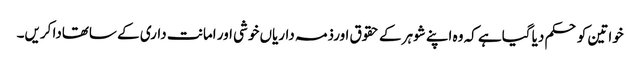
خواتین کو حکم دیا گیاہے کہ وہ اپنے شوہر کے حقوق اورذمہ داریاں خوشی اور امانت داری کے ساتھادا کریں۔